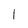
Character: l